Document type: Anniversary endowment
Year: 1486
Scribe: Bartomeu Masons
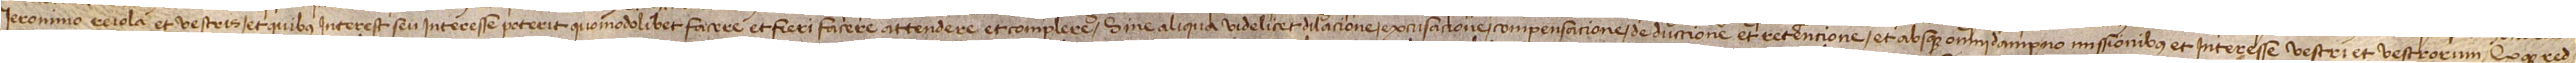
Ieronimo Reiola et vestris et quibus interest seu interesse poterit quomodolibet facere et fieri facere, attendere et complere, sine aliqua videlicet dilacione, excusacione, compensacione, deduccione et retencione, et absque omni dampno, missionibus et interesse vestri et vestrorum. Quodque red-